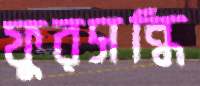
ফুরসন্ধি